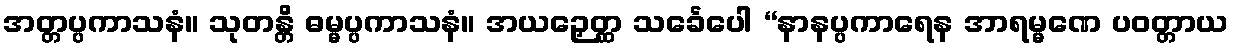
အတ္တပ္ပကာသနံ။ သုတန္တိ ဓမ္မပ္ပကာသနံ။ အယဉှေတ္ထ သင်္ခေပေါ “နာနပ္ပကာရေန အာရမ္မဏေ ပဝတ္တာယ